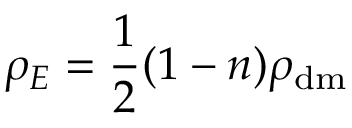
\rho _ { E } = { \frac { 1 } { 2 } } ( 1 - n ) \rho _ { \mathrm { d m } }